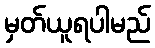
မှတ်ယူရပါမည်